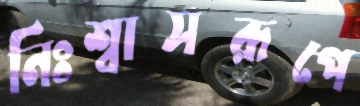
নিঃশ্বাসরূপে